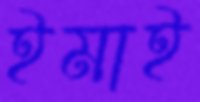
ইমাই